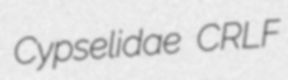
Cypselidae CRLF